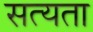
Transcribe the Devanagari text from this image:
सत्‍यता